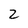
Character: Z